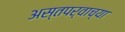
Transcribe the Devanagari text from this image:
अस्तपर्वाच्या